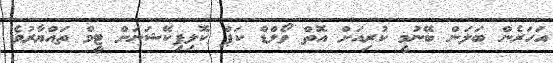
އަހަރެން ބަލަން ބޭނުމީ ކުރިއަށް އޮތް ވޯލްޑް ކަޕް ކޮލިފިކޭޝަނަށް ޓީމް ތައްޔާރުވެ